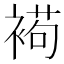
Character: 𧛩